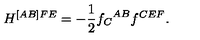
H ^ { [ A B ] F E } = - \frac { 1 } { 2 } { f _ { C } } ^ { A B } f ^ { C E F } .